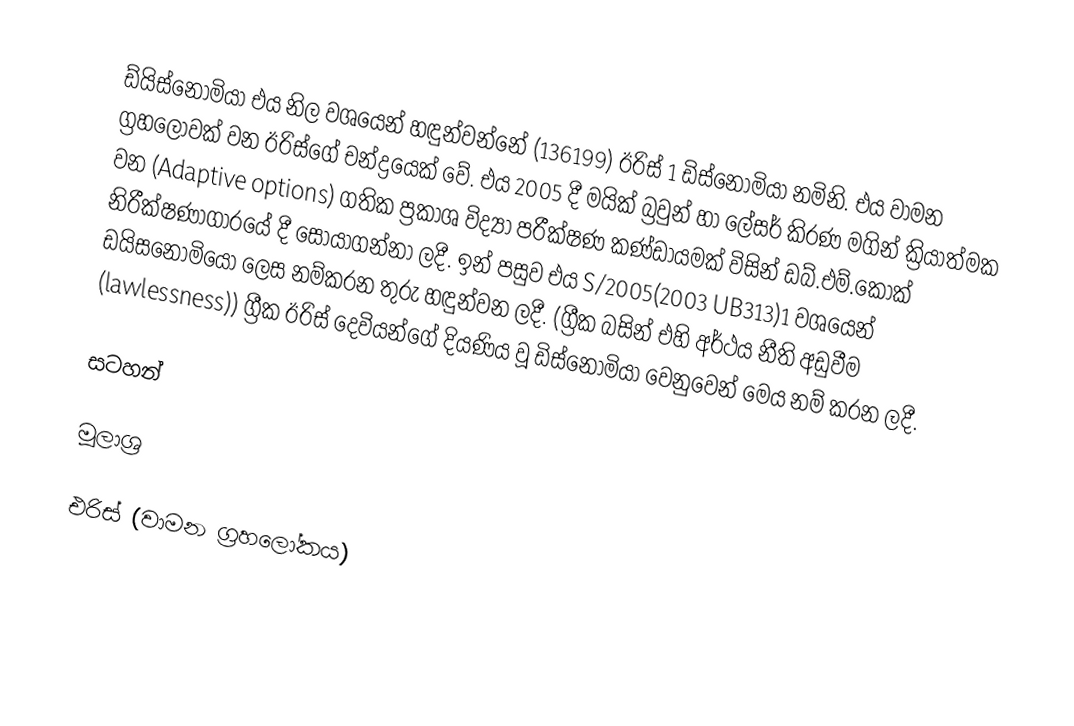
ඩ්යි‍ස්නොමියා එය නිල වශයෙන්  හඳුන්වන්නේ (136199) ඊරිස් 1 ඩිස්නොමියා නමිනි. එය වාමන ග්‍රහලොවක් වන ඊරිස්ගේ චන්ද්‍රයෙක් වේ. එය 2005 දී මයික් බ්‍රවුන් හා ලේසර් කිරණ මගින් ක්‍රියාත්මක වන (Adaptive options) ගතික ප්‍රකාශ විද්‍යා පරීක්ෂණ කණ්ඩායමක් විසින් ඩබ්.එම්.කොක් නිරීක්ෂණාගාරයේ දී සොයාගන්නා ලදී. ඉන් පසුව එය S/2005(2003 UB313)1 වශයෙන් ඩයි‍සනොමියො ලෙස නම්කරන තුරු හඳුන්වන ලදී. (ග්‍රීක බසින් එහි අර්ථය නීති අඩුවීම (lawlessness)) ග්‍රීක ඊරිස් දෙවියන්ගේ දියණිය වූ ඩිස්නොමියා වෙනුවෙන් මෙය නම් කරන ලදී.

සටහන්

මූලාශ්‍ර

එරිස් (වාමන ග්‍රහලෝකය)